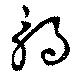
觸